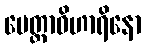
မေတ္တာဝိဟာရိနော